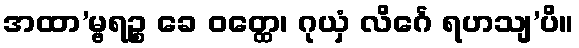
အထာ’မ္ဗရဉ္စ ခေ ဝတ္ထေ၊ ဂုယှံ လိင်္ဂေ ရဟသျ’ပိ။